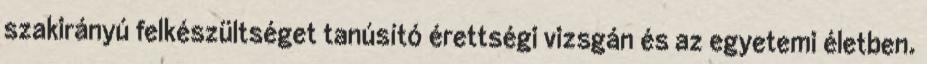
szakirányú felkészültséget tanúsító érettségi vizsgán és az egyetemi életben.